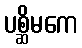
ပစ္ဆိမကေ